Bréfritari: Sigríður Pálsdóttir
Viðtakandi: Páll Pálsson
Dagsetning: A-1869-09-01
Skrifað á: Breiðabólsstað  Rang.
Páll var bróðir Sigríðar

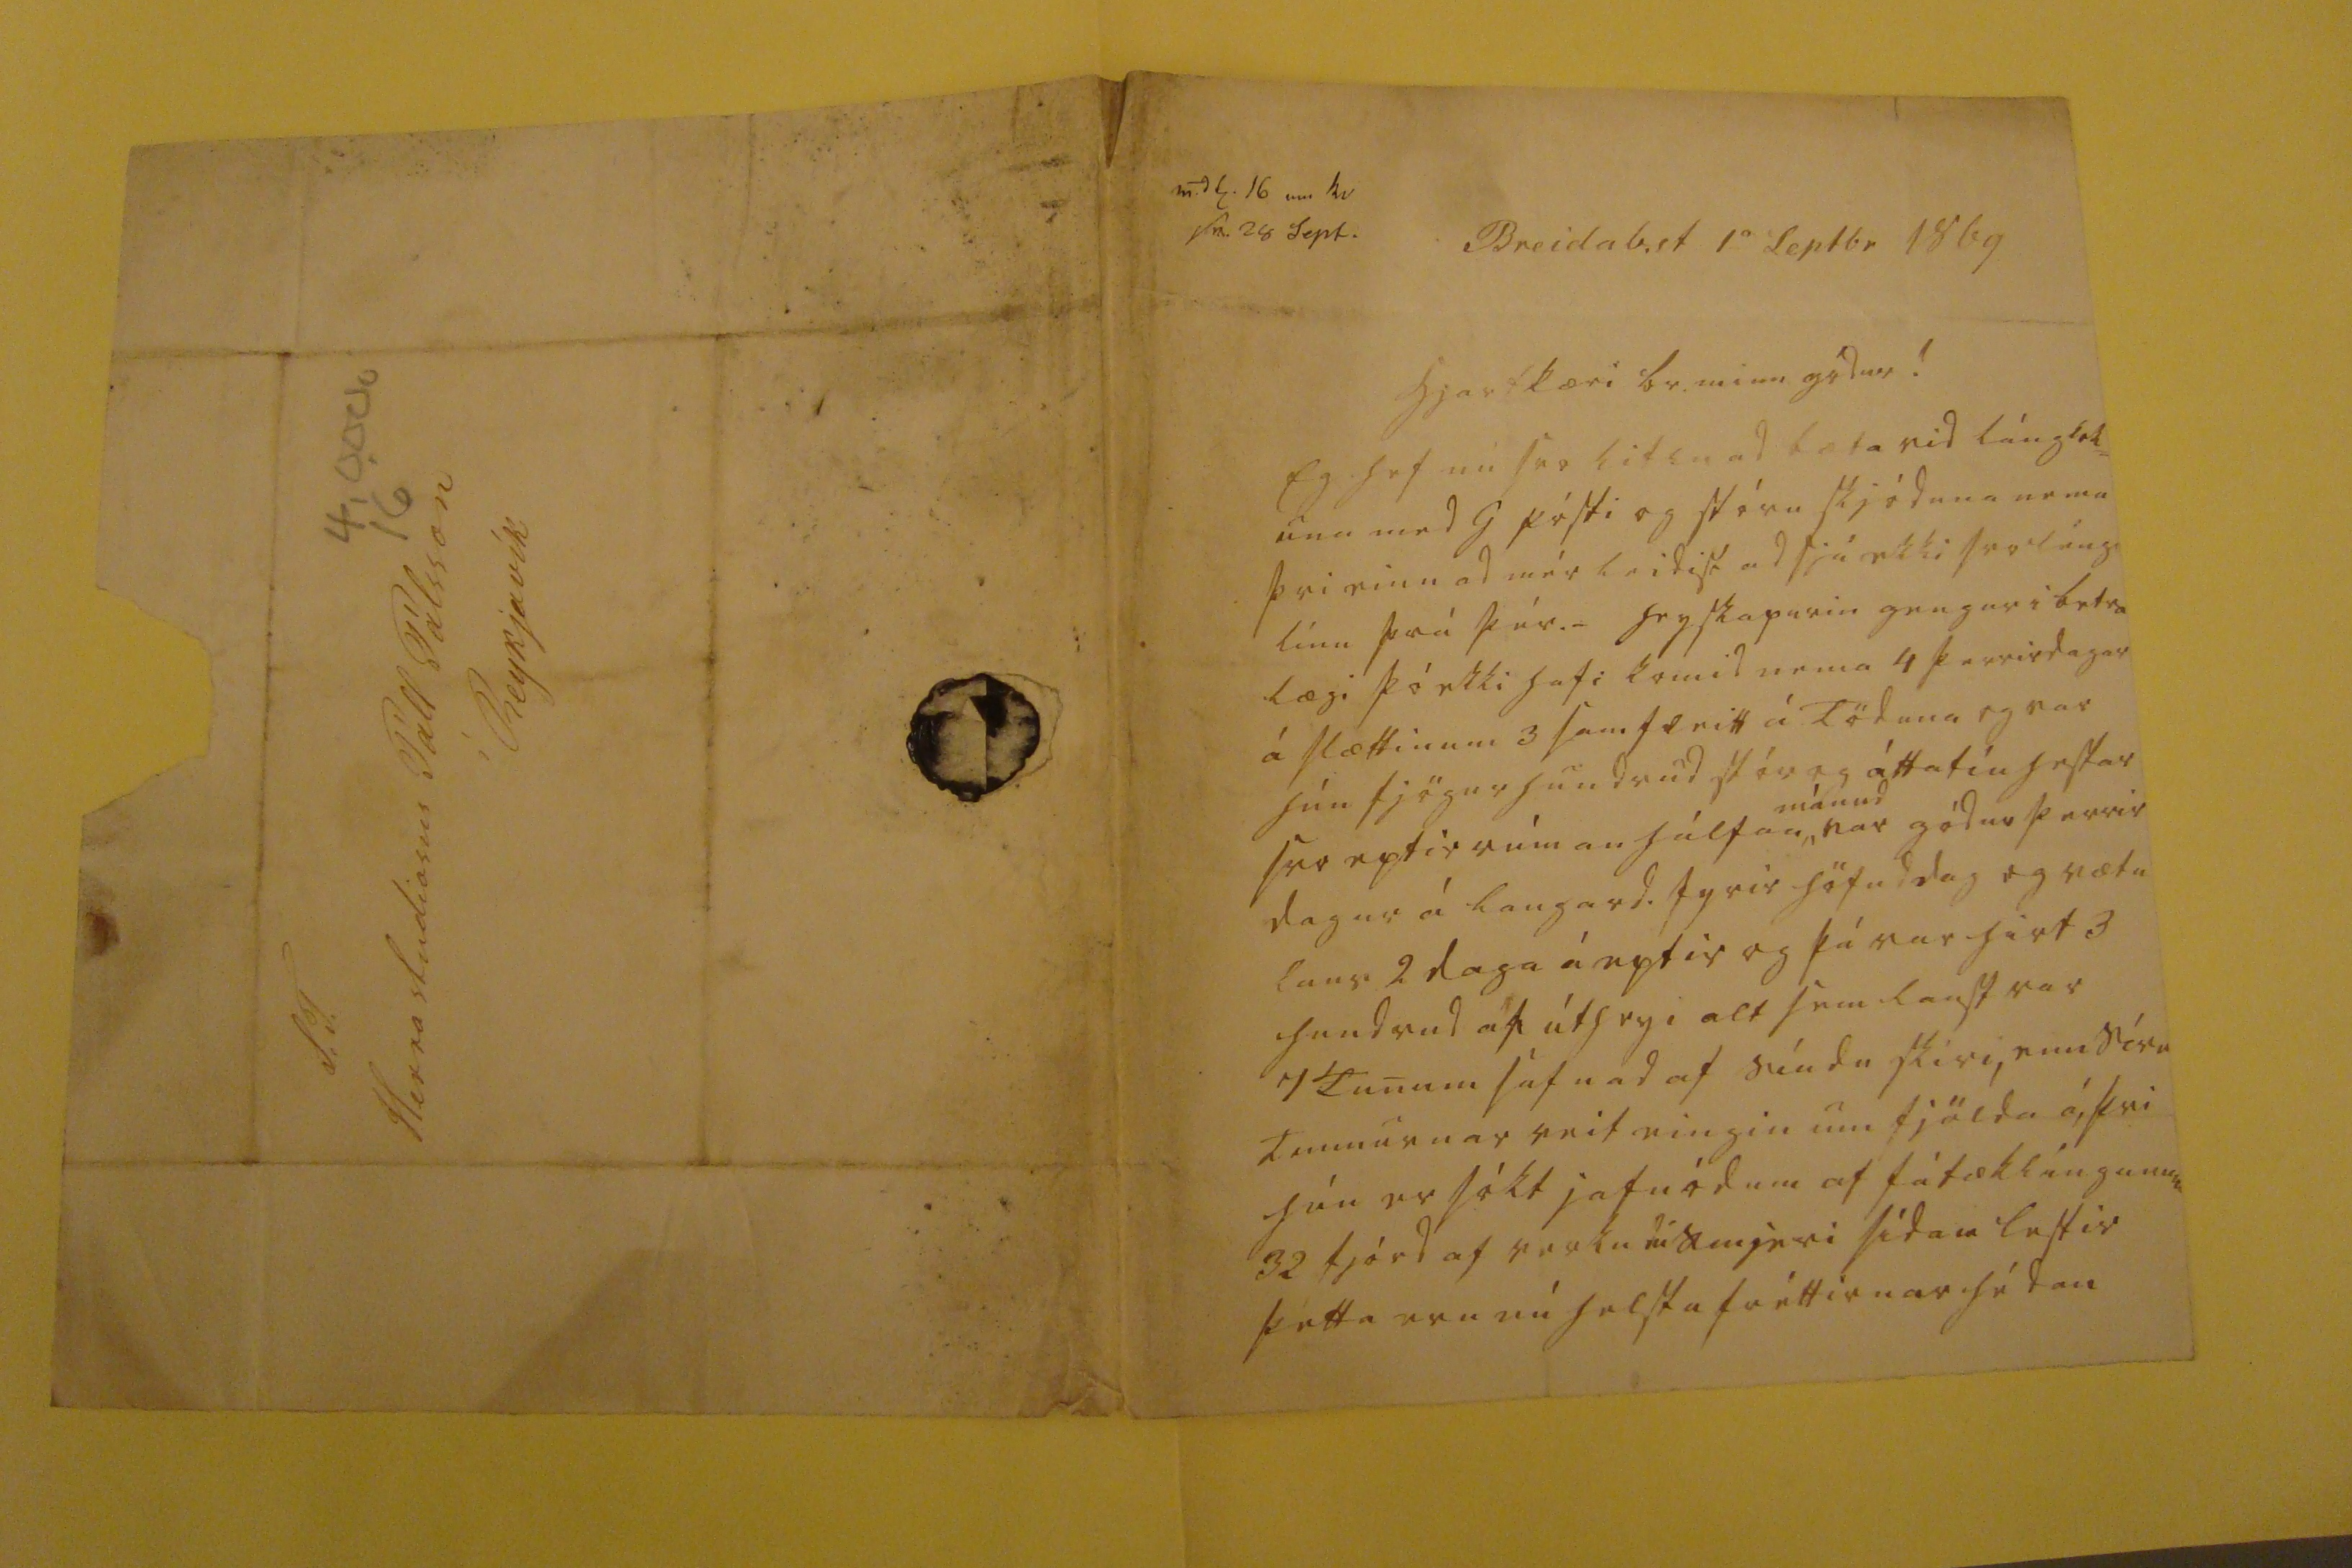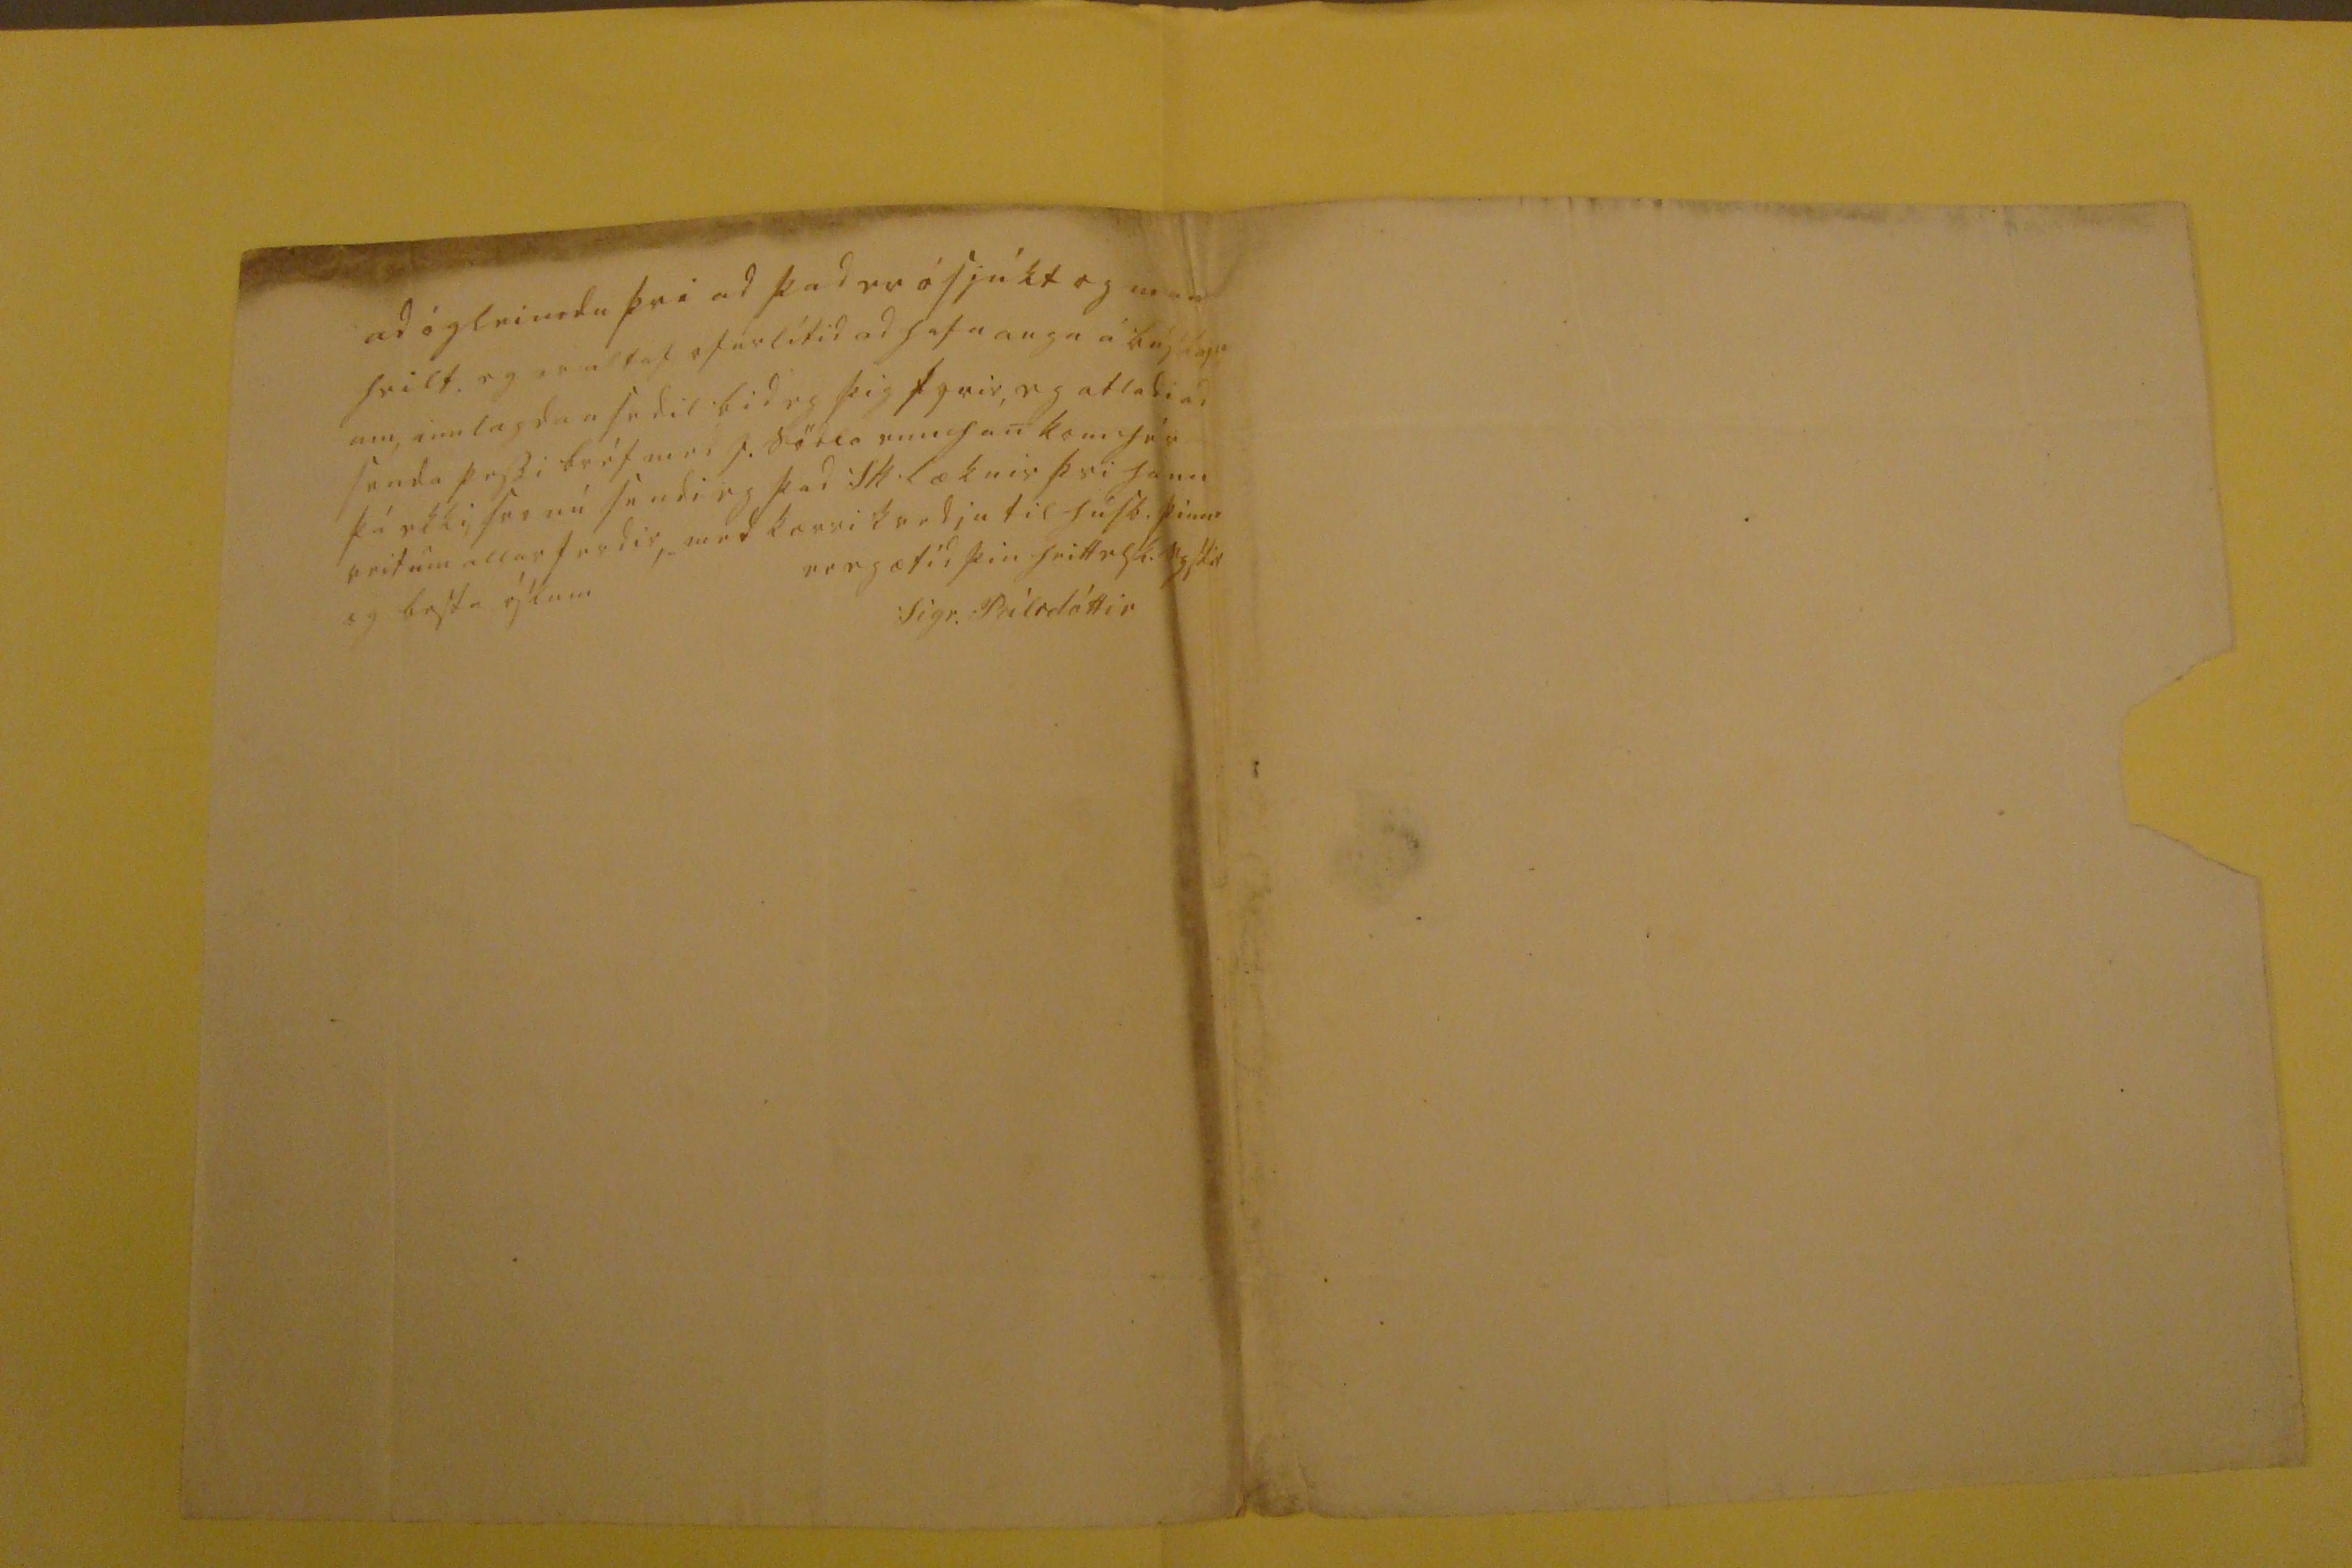

m. d0. 16 um kv sv. 28 Sept.
Breidab.st 1
a
Septbr 1869
hjartkæri br. minn gódur!
Eg hef nú svo litlu ad bæta vid lánglok= una med G pósti og stóru skjóduna nema þvi einu ad mér leidist ad sjá ekki svo lánglínu frá þér._ heyskapurin gengur i betra lægi þó ekki hafi komid nema 4 þurrir dagar á slættinum 3 samfleitt á Töduna og var hún fjögur hundrud stór og áttatíu hestar svo eptir rúman hálfan
mánud
var gódur þurrir dagar á Laugard. fyrir höfuddag og vætu laus 2 daga á eptir og þá var hirt 3 hundrud af útheyi alt sem laust var 7 Tunum safnad af síudu skirir, enn síru tunnurnar veit eingin um fjölda á, þvi hún er sókt jafnódum af fátæklíngunum 32 fjórd af verkudu smjeri sídan lestir þetta eru nú helstu fréttirnar hédan
ad ógleimdu þvi ad þad er ósjúkt og
man
heilt, eg er altaf ofurlítid ad hafa auga á búskapn um, innlagdan sedil bid eg þig fyrir, eg atladi ad senda þessi bréf med J. Södla enn han kom hér þá ekki, svo nú sendi eg þad Sk læknir þvi hann veit um allar ferdir, med kærri kvedju til húsb. þinna og bestu óskum
er eg ætíd þin heittelsk. systir
Sigr. Pálsdóttir
S.T. Herra studiosus Páll Pálsson í Reykjavík